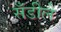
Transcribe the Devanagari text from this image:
सँडीले